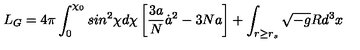
L _ { G } = 4 \pi \int _ { 0 } ^ { \chi _ { 0 } } s i n ^ { 2 } \chi d \chi \left[ \frac { 3 a } { N } { \dot { a } } ^ { 2 } - 3 N a \right] + \int _ { r \geq r _ { s } } \sqrt { - g } R d ^ { 3 } x